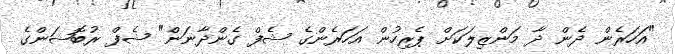
"އަހަރެން ދެން ދާ މަންޒިލަކަށް ޕެރިހުން އަހަރެންގެ ޝެފް ގެންދާނަން" ޝެފް ރުބޮޝަންގެ